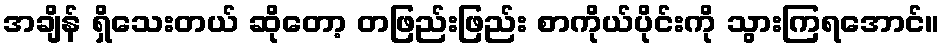
အချိန် ရှိသေးတယ် ဆိုတော့ တဖြည်းဖြည်း စာကိုယ်ပိုင်းကို သွားကြရအောင်။